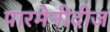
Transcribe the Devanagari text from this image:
पारमेनीदीज